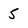
Character: 5